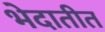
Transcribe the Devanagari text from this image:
भेदातीत